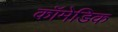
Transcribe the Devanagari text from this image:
कॉमेडिक